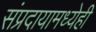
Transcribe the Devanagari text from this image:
संप्रदायामध्येही